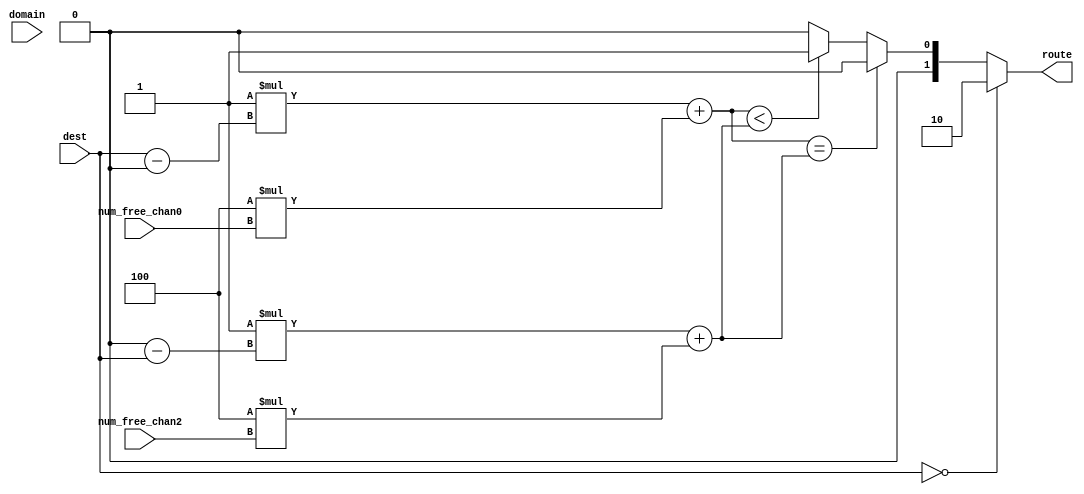
//========================================================================
// Adaptive Route Compute
//========================================================================

`ifndef PLAB4_NET_ADAPTIVE_ROUTE_COMPUTE_V
`define PLAB4_NET_ADAPTIVE_ROUTE_COMPUTE_V

`define ROUTE_PREV  2'b00
`define ROUTE_NEXT  2'b01
`define ROUTE_TERM  2'b10

module plab4_net_AdaptiveRouteCompute
#(
  parameter p_router_id   = 0,
  parameter p_num_routers = 8,

  parameter p_num_free_nbits = 2,

  // number of hops multiplier

  parameter p_hops_mult   = 1,

  // congestion multiplier

  parameter p_cong_mult   = 4,

  // parameter not meant to be set outside this module

  parameter c_dest_nbits = $clog2( p_num_routers )
)
(
  input                                      domain,
  input [c_dest_nbits-1:0] 			dest,

  input [p_num_free_nbits-1:0] 		num_free_chan0,
  input [p_num_free_nbits-1:0]  	num_free_chan2,

  output reg [1:0]         			route
);

  // calculate forward and backward hops

  wire [c_dest_nbits-1:0] 			forw_hops;
  wire [c_dest_nbits-1:0] 			backw_hops;

  assign forw_hops =  ( dest - p_router_id );
  assign backw_hops = ( p_router_id - dest );

  // we also calculate weight in each direction which takes both
  // congestion and number of hops into account

  wire [31:0] 						forw_weight;
  wire [31:0] 						backw_weight;

  assign forw_weight =  p_hops_mult * forw_hops +
                        p_cong_mult * num_free_chan0;
  assign backw_weight = p_hops_mult * backw_hops +
                        p_cong_mult * num_free_chan2;

  always @(*) begin
    if ( dest == p_router_id )
      route = `ROUTE_TERM;
    else if ( forw_weight == backw_weight )
      // when forward and backward weights are equal, we arbitrarily use
      // the router id to pick one direction
      route = ( p_router_id % 2 ? `ROUTE_NEXT : `ROUTE_PREV );
    else if ( forw_weight < backw_weight )
      route = `ROUTE_NEXT;
    else
      route = `ROUTE_PREV;
  end

endmodule

`endif /* PLAB4_NET_ADAPTIVE_ROUTE_COMPUTE_V */